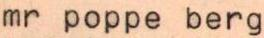
mr poppe berg